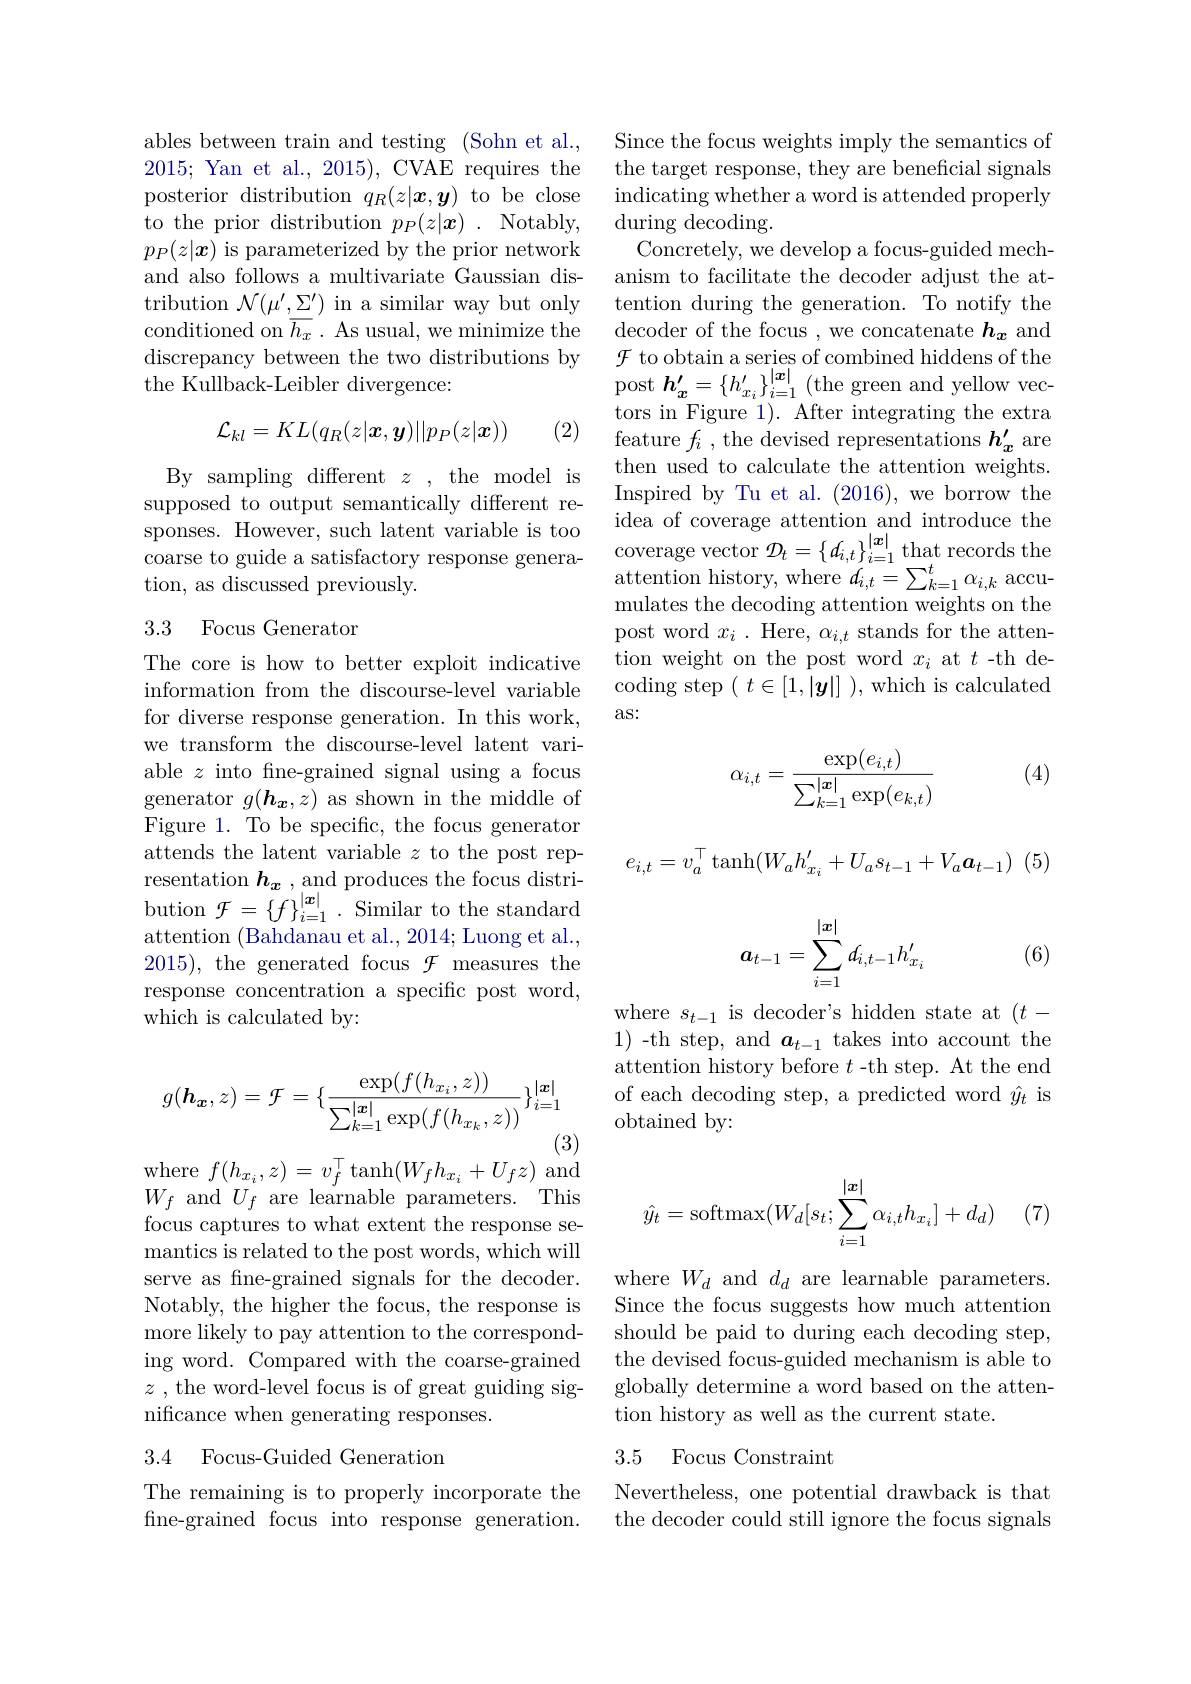
ables between train and testing (Sohn et al., 2015; Yan et al., 2015), CVAE requires the posterior distribution $q_R(z|\boldsymbol{x},\boldsymbol{y})$ to be close
Notably,
to the prior distribution $p_P(z|\boldsymbol{x})$
$p_{P}(z|\boldsymbol{x})$ is parameterized by the prior network and also follows a multivariate Gaussian distribution $\mathcal{N}(\mu^{\prime},\underline{\Sigma^{\prime}})$ in a similar way but only conditioned on $\overline{h_{x}}.$ As usual, we minimize the discrepancy between the two distributions by the Kullback-Leibler divergence:
$$\mathcal{L}_{kl}=KL(q_R(z|\boldsymbol{x},\boldsymbol{y})||p_P(z|\boldsymbol{x}))$$
(2)

By sampling different $z$, the model is supposed to output semantically different retion, as discussed previously.

## 3.3 Focus Generator

The core is how to better exploit indicative information from the discourse-level variable for diverse response generation. In this work, we transform the discourse-level latent variable $z$ into fine-grained signal using a focus $\begin{array}{ll}{\mathrm{generator~}}&{g(\boldsymbol{h}_{\boldsymbol{x}},z)}\end{array}$as shown in the middle of Figure 1. To be specific, the focus generator attends the latent variable $z$ to the post representation $\boldsymbol h_{\boldsymbol x}$ , and produces the focus distribution $\mathcal{F}=\{f\}_{i=1}^{|\boldsymbol{x}|}.$ Similar to the standard attention (Bahdanau et al., 2014; Luong et al., 2015), the generated focus $\mathcal{F}$ measures the response concentration a specific post word, which is calculated by:
$$g(\boldsymbol{h}_{\boldsymbol{x}},z)=\mathcal{F}=\{\frac{\exp(f(h_{x_{i}},z))}{\sum_{k=1}^{|\boldsymbol{x}|}\exp(f(h_{x_{k}},z))}\}_{i=1}^{|\boldsymbol{x}|}$$
(3)
where$f(h_{x_i},z)=v_{f}^{\top}\tanh(W_{f}h_{x_i}+U_{f}z)$and

$W_{f}$ and$U_f$ are learnable parameters. This focus captures to what extent the response semantics is related to the post words, which will serve as fne-grained signals for the decoder. Notably, the higher the focus, the response is more likely to pay attention to the correspond- should be paid to during each decoding step,
ing word. Compared with the coarse-grained $z$ , the word-level focus is of great guiding significance when generating responses.

### 3.4 Focus-Guided Generation

The remaining is to properly incorporate the fine-grained focus into response generation.

Since the focus weights imply the semantics of the target response, they are beneficial signals indicating whether a word is attended properly during decoding.
Concretely, we develop a focus-guided mechanism to facilitate the decoder adjust the attention during the generation. To notify the decoder of the focus , we concatenate $h_{\boldsymbol{x}}$ and $\mathcal{F}$ to obtain a series of combined hiddens of the post $\boldsymbol{h}_{\boldsymbol{x}}^{\prime }= \{ h_{x_{i}}^{\prime }\} _{i= 1}^{| \boldsymbol{x}| }$ ( the green and yellow vectors in Figure 1). After integrating the extra feature $f_i$ , the devised representations $h_x^{\prime}$ are then used to calculate the attention weights. Inspired by Tu et al. (2016), we borrow the idea of coverage attention and introduce the
sponses. However, such latent variable is to
attention history, where $d_i,t=\sum_{k=1}^{t}\alpha_{i,k}$ accumulates the decoding attention weights on the post word $x_i$ . Here, $\alpha_i,t$ stands for the attention weight on the post word $x_i$ at $t$ -th decoding step $(t\in[1,|\boldsymbol{y}|])$,which is calculated as:

(4)
$$\alpha_{i,t}=\frac{\exp(e_{i,t})}{\sum_{k=1}^{|\boldsymbol{x}|}\exp(e_{k,t})}$$
$$e_{i,t}=v_{a}^{\top}\tanh(W_{a}h_{x_{i}}'+U_{a}s_{t-1}+V_{a}\boldsymbol{a}_{t-1})$$
$$a_{t-1}=\sum_{i=1}^{|x|}d_{i,t-1}h_{x_i}'$$
(6)

where $s_t-1$ is decoder's hidden state at $(t-$ 1) -th step, and $\boldsymbol a_t-1$ takes into account the attention history before $t$-th step. At the end of each decoding step, a predicted word $\hat{y}_t$ is obtained by:
$$\hat{y_t}=\operatorname{softmax}(W_d[s_t;\sum_{i=1}^{|\boldsymbol{x}|}\alpha_{i,t}h_{x_i}]+d_d)$$
(

where $W_d$ and $d_d$ are learnable parameters. Since the focus suggests how much attention the devised focus-guided mechanism is able to globally determine a word based on the attention history as well as the current state.

### 3.5 Focus Constraint

Nevertheless, one potential drawback is that the decoder could still ignore the focus signals